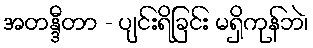
အတန္ဒီတာ - ပျင်းရိခြင်း မရှိကုန်ဘဲ၊